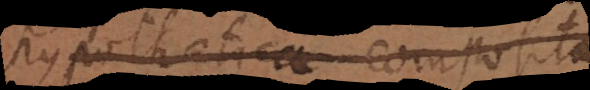
hypothetica composita